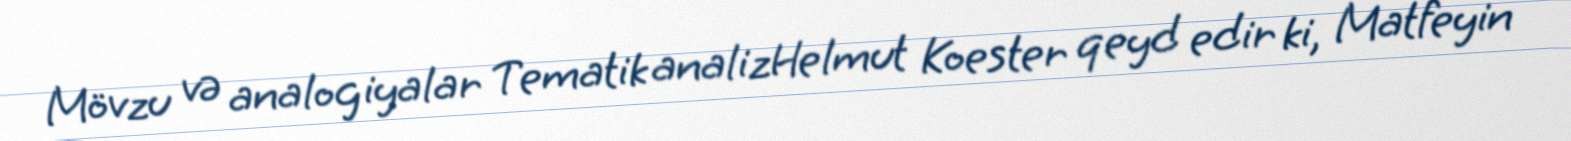
Mövzu və analogiyalar Tematik analizHelmut Koester qeyd edir ki, Matfeyin